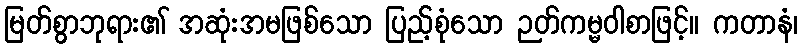
မြတ်စွာဘုရား၏ အဆုံးအမဖြစ်သော ပြည့်စုံသော ဉတ်ကမ္မဝါစာဖြင့်။ ကတာနံ၊